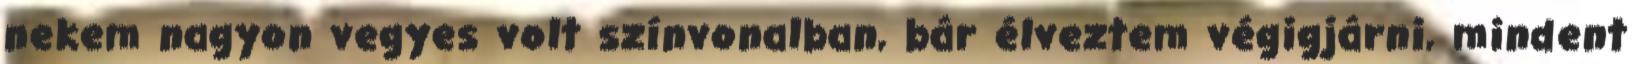
nekem nagyon vegyes volt színvonalban, bár élveztem végigjárni, mindent